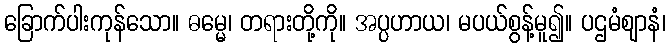
ခြောက်ပါးကုန်သော။ ဓမ္မေ၊ တရားတို့ကို။ အပ္ပဟာယ၊ မပယ်စွန့်မူ၍။ ပဌမံဈာနံ၊